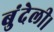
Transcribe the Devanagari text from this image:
बुंदेली।